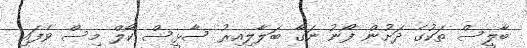
ބާލީސް ތަކުގެ ދަށުން ފޯނު ނަގާ ބަލާލިއިރު ސާޅީސް ކޯލް މިސް ވެފައި